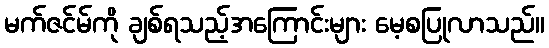
မက်ဇင်မ်ကို ချစ်ရသည့်အကြောင်းများ မေ့စပြုလာသည်။